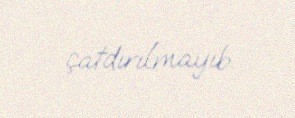
çatdırılmayıb.